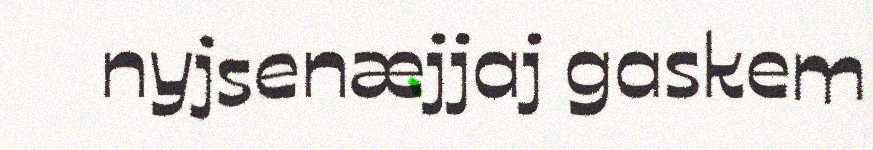
nyjsenæjjaj gaskem